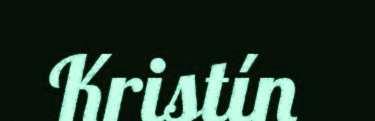
Kristín